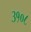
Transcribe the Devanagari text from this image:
३१०८